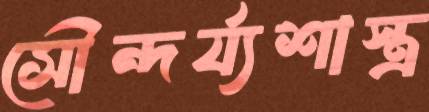
সৌন্দর্য্যশাস্ত্র